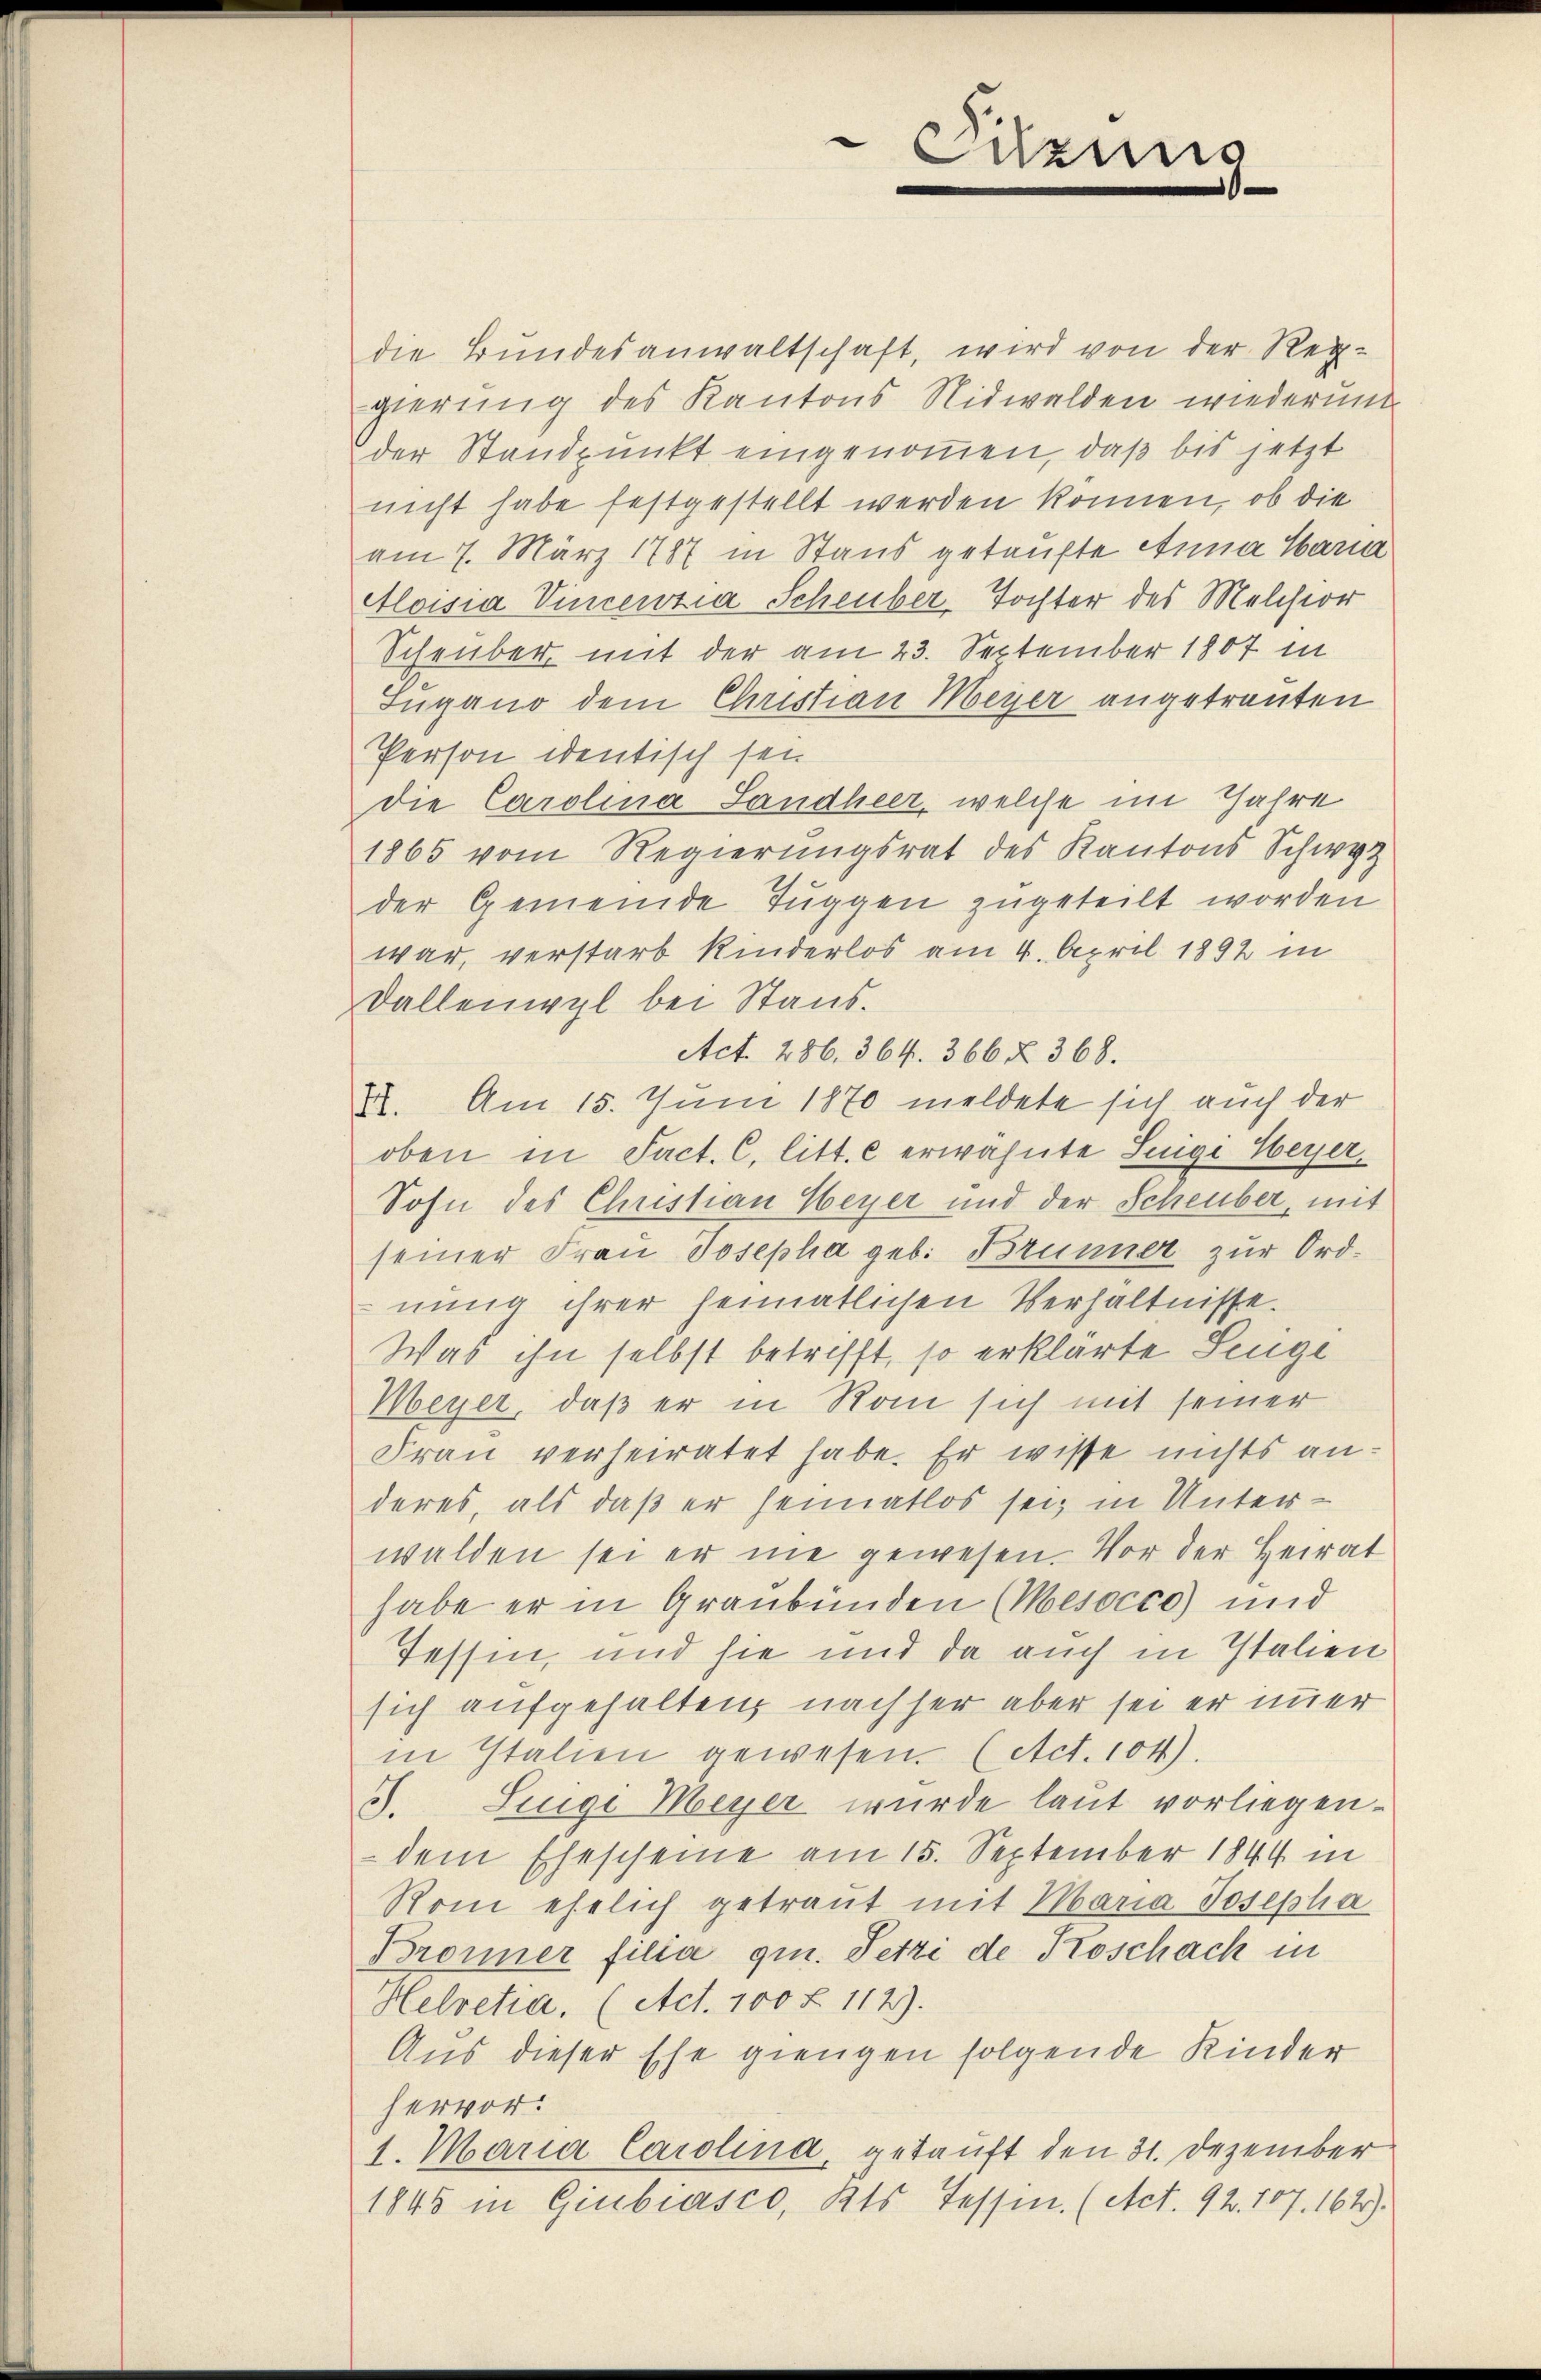
Sitzung
¬

die Bundesanwaltschaft, wird von der Reggierung des Kantons Nidwalden wiederung
der Standpunkt eingenommen, daß bis jetzt
nicht habe festgestellt werden können, ob die
am 7. März 1787 in Staus getaufte Anna Harm
Aloisia Vincenzia Scheuber-Tochter des Melchior
Scheuber, mit der am 23. September 1807 in
Sugano dem Christian Meyer angetrauten
Person identisch sei
die Carolina Landheer, welche im Jahre
1865 vom Regierungsrat des Kantons Schwyz
der Gemeinde Tuggen zugeteilt worden
war, verstarb Kinderlos am 4. April 1892 in
Dallenpyl bei Stand.
Act. 286. 364. 366 § 368.
VII. Am 15. Juni 1870 meldete sich auch der
oben in Fact. C. litt. c erwähnte Luigi Weyer¬
Sohn des Christian Weyer und der Scheuber, mit
seiner Frau Josepha geb. Brünner zur Ordnung ihrer heimatlichen Verhältnisse.
Was ihn selbst betrifft, so erklärte Senge
Meyer, daß er in Rom sich mit seiner
Frau verheiratet habe. Er wisse nichts anderes, als daß er heimatlos sei, in Unterwalden sei er nie gewesen. Vor der Heirat
habe er in Graubünden (Mesocco) und
Tessin, und sie und da auch in Italien
sich aufgehalten, nachher aber sei er immer
in Italien gewesen. (Act. 104).
S. Segi Meyer wurde laut vorliegen.
dem Ehescheine am 15. September 1844 in
Rom ehelich getraut mit Maria Josepha
Bronner filia qu. Setze de Koschach in
Helvetia, (Act. 100 f. 112).
Aus dieser Ehe giengen folgende Kinder
hervor.
1. Maria Carolina, gekauft den 31. Dezember
1845 in Giubiasco, Kts. Tessin. (Act. 92. 107. 164).